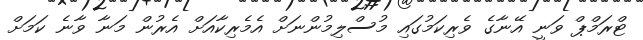
ޓްރަމްޕް ވަނީ އޭނާގެ ވެރިކަމުގައި މުސްލިމުންނަށް އެމެރިކާއަށް އެރުން މަނާ ވާނެ ކަމަށް